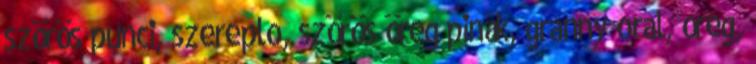
szörös punci, szereplo, szörös öreg pinák, granny oral, őreg,